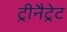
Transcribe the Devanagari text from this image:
ट्रीनैट्रेट